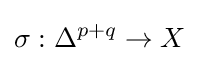
\sigma :\Delta ^{p+q}\rightarrow X